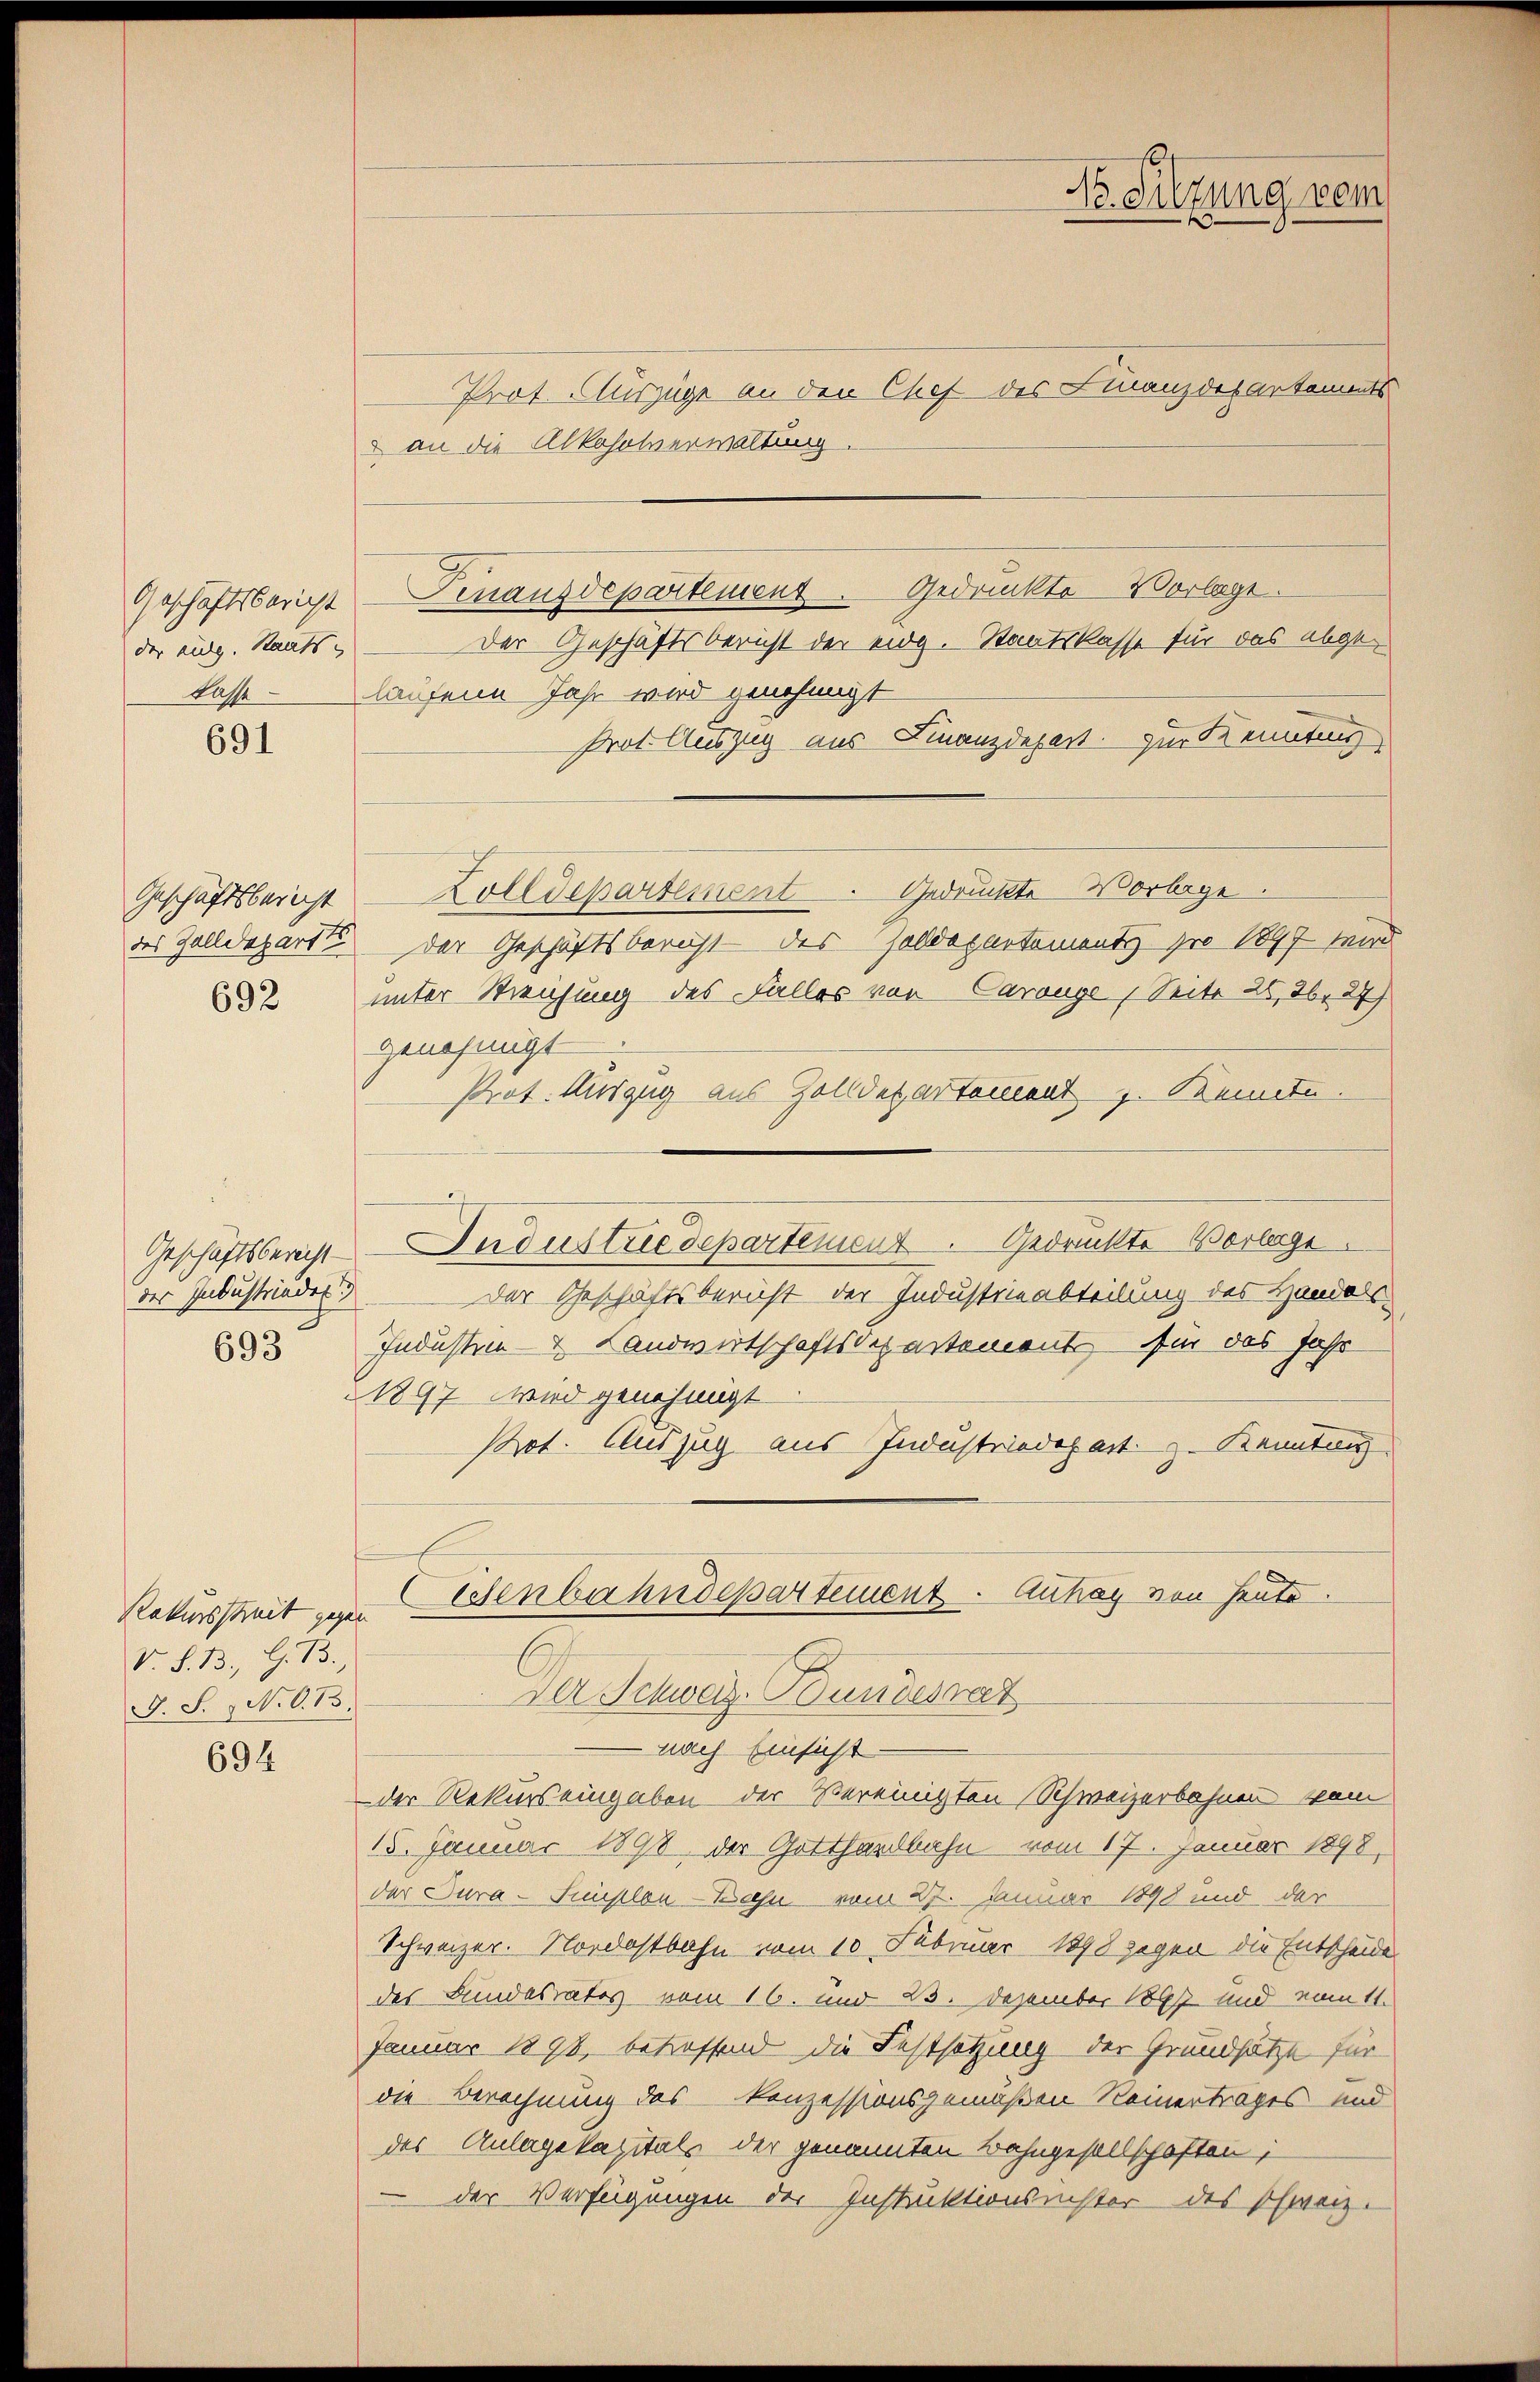
Geschäftsbericht
der ausg. Staats
Kasse

691

Geschäftsbericht
692

der Industrindes
693

Prot. Auszüge an den Chef des Finanz des artements
 an die Alkoholverwaltung.
Gedruckte Vorlage.
Finanzdepartement
Der Geschäftsbericht der eidg. Staatskasse für das abgelaufene Jahr wird genehmigt
rot Auszug aus Finanzdepart zur Kenntung
Zolldepartement. Gedruckte Vorlage.
des Zolldeparte der Geschäftsbericht des solldepartements pro 1897 wird
unter Streichung des Falles von Carouge Seite 26, 26 27)
genehmigt
Prot. Auszug aus Zolldeparteilent J. Kennte.
Geschäftsberecht Industriedepartement. Gedrückte Vorlage.
Der Geschäftsbericht der Industrieabteilung des Handels
Industen- & Landwirtschaftsdepartements für das Jahr
1897 wird genehmigt
Pot. Auszug aus Industriedepart z. Kenntn
Venbahndepartement. Auhay von heute.
Der Schweiz. Bundesrat
— nach Einsicht
der Rekurs eingaben der Vereinigten Schweizerbahnen vom
15. Januar 1898 der Gotthardbahn vom 17. Januar 1898,
der Tura-Simplon-Bahn vom 27. Januar 1898 und der
Schweizer. Nordostbahn vom 10. Februar 1898 gegen die Entscheide
des Bundesrates vom 16. und 23. Dezember 1897 und eint.
Januar 1890, betreffend die Festsetzung der Grundsätze für
die Berechnung des konzessionsgemäßen Reinertrages und
des Anlagekapitals der genannten Bahngesellschaften;
der Verfügungen der Instruktionsnichter des Schweiz.

Rekursstreit gegen
V. S. B. G. B.,
G. S. N. O. 13.

694

No. Sitzung vom